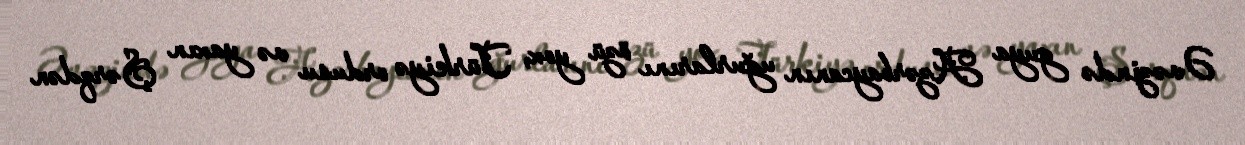
Əvəzində guya Azərbaycanın uğurlarını özü yox, Türkiyə ordusu və yaxın Şərqdən